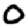
Digit: 0